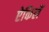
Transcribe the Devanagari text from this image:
ऐकिलें